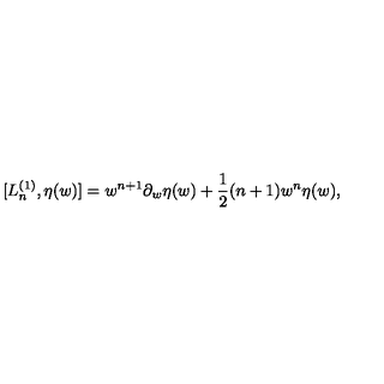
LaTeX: [ L _ { n } ^ { ( 1 ) } , \eta ( w ) ] = w ^ { n + 1 } \partial _ { w } \eta ( w ) + \frac { 1 } { 2 } ( n + 1 ) w ^ { n } \eta ( w ) ,